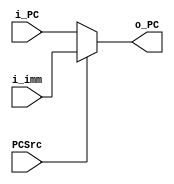
module mux (
    input [31:0] i_PC, i_imm,
    input PCSrc,
    output [31:0] o_PC
);
    assign o_PC = PCSrc? i_imm : i_PC;
endmodule